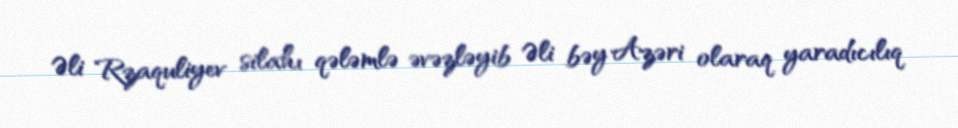
Əli Rzaquliyev silahı qələmlə əvəzləyib Əli bəy Azəri olaraq yaradıcılıq